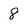
Character: 8